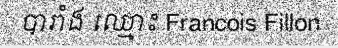
បារាំង ឈ្មោះ Francois Fillon